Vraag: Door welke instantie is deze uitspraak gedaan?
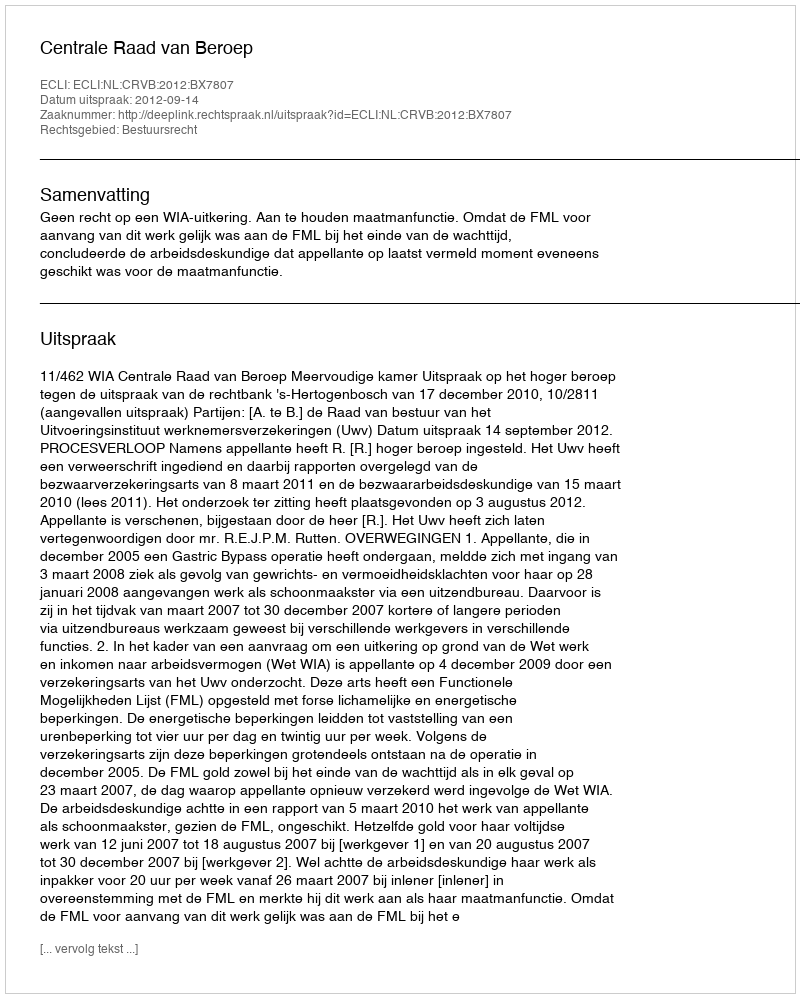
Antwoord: Centrale Raad van Beroep